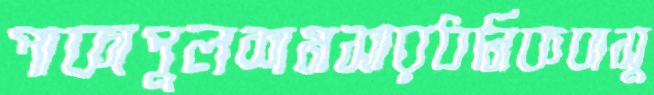
পাকাপুলশমসারধনিকবাসু